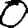
Digit: 0